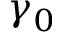
\gamma _ { 0 }